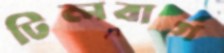
টিলবার্গ